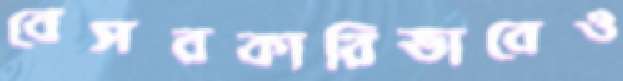
বেসরকারিভাবেও